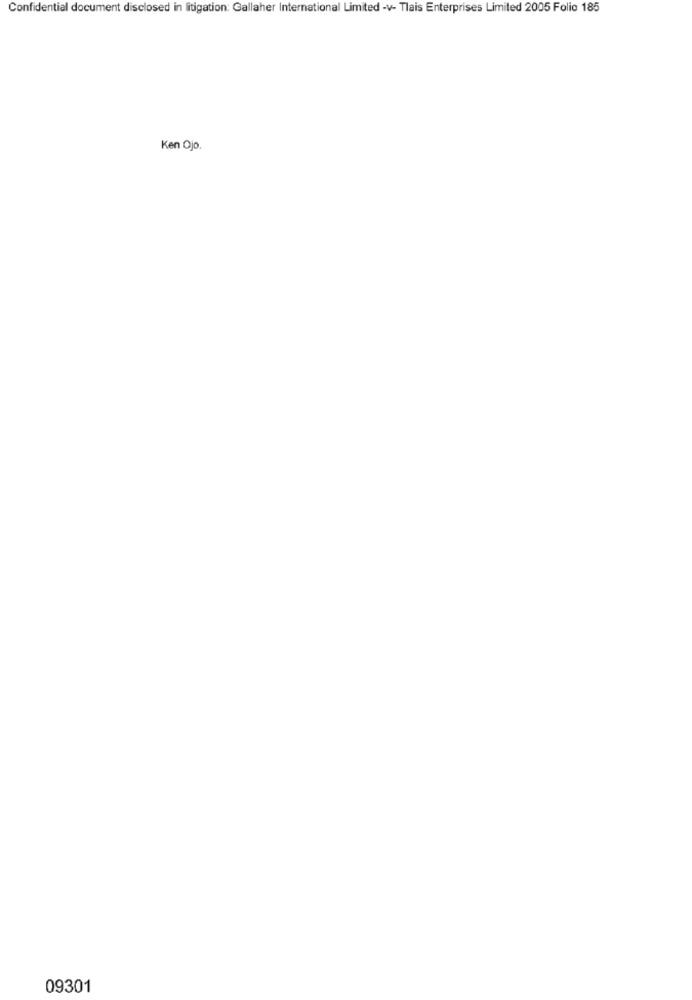
Confidential document disclosed in litigation: Gallaher International Limited -v- Tlais Enterprises Limited 2005 Folio 185
Ken Ojo
09301